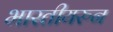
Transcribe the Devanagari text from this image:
भारतीयरुन